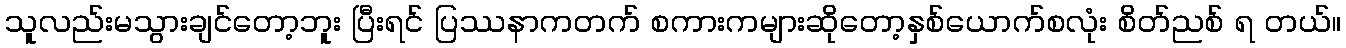
သူလည်းမသွားချင်တော့ဘူး ပြီးရင် ပြဿနာကတက် စကားကများဆိုတော့နှစ်ယောက်စလုံး စိတ်ညစ် ရ တယ်။